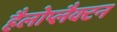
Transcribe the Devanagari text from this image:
हैलोप्लैक्टन